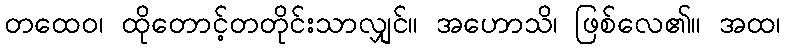
တထေဝ၊ ထိုတောင့်တတိုင်းသာလျှင်။ အဟောသိ၊ ဖြစ်လေ၏။ အထ၊